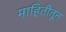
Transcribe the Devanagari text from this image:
माहितीतून